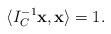
LaTeX: \begin{align*}\langle I^{-1}_C\textbf{x},\textbf{x}\rangle=1.\end{align*}